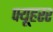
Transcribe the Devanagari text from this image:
फ्यूहरर